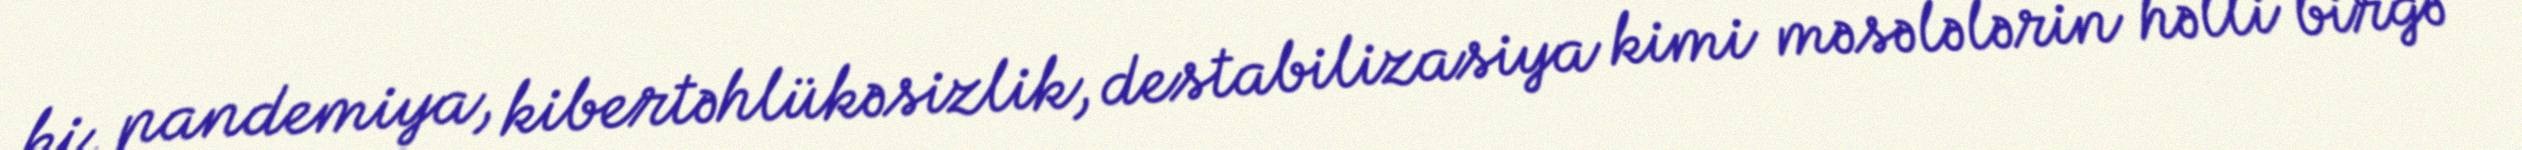
ki, pandemiya, kibertəhlükəsizlik, destabilizasiya kimi məsələlərin həlli birgə